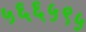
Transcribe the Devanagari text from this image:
५६६५९५